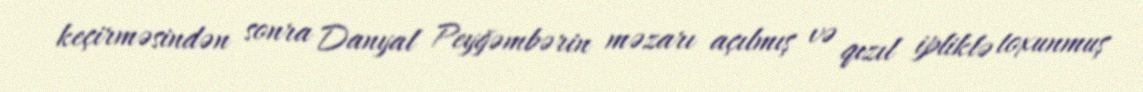
keçirməsindən sonra Danyal Peyğəmbərin məzarı açılmış və qızıl ipliklə toxunmuş